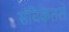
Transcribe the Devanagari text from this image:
संचिकेतले